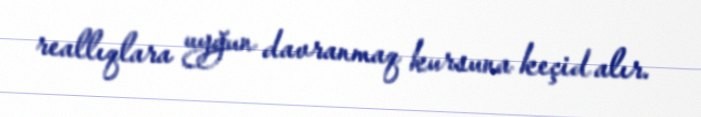
reallıqlara uyğun davranmaq kursuna keçid alır.